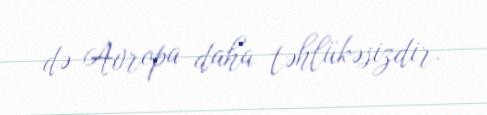
də Avropa daha təhlükəsizdir.